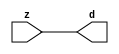

//------> ./rtl_mgc_ioport.v 
//------------------------------------------------------------------
//                M G C _ I O P O R T _ C O M P S
//------------------------------------------------------------------

//------------------------------------------------------------------
//                       M O D U L E S
//------------------------------------------------------------------

//------------------------------------------------------------------
//-- INPUT ENTITIES
//------------------------------------------------------------------

module mgc_in_wire (d, z);

  parameter integer rscid = 1;
  parameter integer width = 8;

  output [width-1:0] d;
  input  [width-1:0] z;

  wire   [width-1:0] d;

  assign d = z;

endmodule

//------------------------------------------------------------------

module mgc_in_wire_en (ld, d, lz, z);

  parameter integer rscid = 1;
  parameter integer width = 8;

  input              ld;
  output [width-1:0] d;
  output             lz;
  input  [width-1:0] z;

  wire   [width-1:0] d;
  wire               lz;

  assign d = z;
  assign lz = ld;

endmodule

//------------------------------------------------------------------

module mgc_in_wire_wait (ld, vd, d, lz, vz, z);

  parameter integer rscid = 1;
  parameter integer width = 8;

  input              ld;
  output             vd;
  output [width-1:0] d;
  output             lz;
  input              vz;
  input  [width-1:0] z;

  wire               vd;
  wire   [width-1:0] d;
  wire               lz;

  assign d = z;
  assign lz = ld;
  assign vd = vz;

endmodule
//------------------------------------------------------------------

module mgc_chan_in (ld, vd, d, lz, vz, z, size, req_size, sizez, sizelz);

  parameter integer rscid = 1;
  parameter integer width = 8;
  parameter integer sz_width = 8;

  input              ld;
  output             vd;
  output [width-1:0] d;
  output             lz;
  input              vz;
  input  [width-1:0] z;
  output [sz_width-1:0] size;
  input              req_size;
  input  [sz_width-1:0] sizez;
  output             sizelz;


  wire               vd;
  wire   [width-1:0] d;
  wire               lz;
  wire   [sz_width-1:0] size;
  wire               sizelz;

  assign d = z;
  assign lz = ld;
  assign vd = vz;
  assign size = sizez;
  assign sizelz = req_size;

endmodule


//------------------------------------------------------------------
//-- OUTPUT ENTITIES
//------------------------------------------------------------------

module mgc_out_stdreg (d, z);

  parameter integer rscid = 1;
  parameter integer width = 8;

  input    [width-1:0] d;
  output   [width-1:0] z;

  wire     [width-1:0] z;

  assign z = d;

endmodule

//------------------------------------------------------------------

module mgc_out_stdreg_en (ld, d, lz, z);

  parameter integer rscid = 1;
  parameter integer width = 8;

  input              ld;
  input  [width-1:0] d;
  output             lz;
  output [width-1:0] z;

  wire               lz;
  wire   [width-1:0] z;

  assign z = d;
  assign lz = ld;

endmodule

//------------------------------------------------------------------

module mgc_out_stdreg_wait (ld, vd, d, lz, vz, z);

  parameter integer rscid = 1;
  parameter integer width = 8;

  input              ld;
  output             vd;
  input  [width-1:0] d;
  output             lz;
  input              vz;
  output [width-1:0] z;

  wire               vd;
  wire               lz;
  wire   [width-1:0] z;

  assign z = d;
  assign lz = ld;
  assign vd = vz;

endmodule

//------------------------------------------------------------------

module mgc_out_prereg_en (ld, d, lz, z);

    parameter integer rscid = 1;
    parameter integer width = 8;

    input              ld;
    input  [width-1:0] d;
    output             lz;
    output [width-1:0] z;

    wire               lz;
    wire   [width-1:0] z;

    assign z = d;
    assign lz = ld;

endmodule

//------------------------------------------------------------------
//-- INOUT ENTITIES
//------------------------------------------------------------------

module mgc_inout_stdreg_en (ldin, din, ldout, dout, lzin, lzout, z);

    parameter integer rscid = 1;
    parameter integer width = 8;

    input              ldin;
    output [width-1:0] din;
    input              ldout;
    input  [width-1:0] dout;
    output             lzin;
    output             lzout;
    inout  [width-1:0] z;

    wire   [width-1:0] din;
    wire               lzin;
    wire               lzout;
    wire   [width-1:0] z;

    assign lzin = ldin;
    assign din = ldin ? z : {width{1'bz}};
    assign lzout = ldout;
    assign z = ldout ? dout : {width{1'bz}};

endmodule

//------------------------------------------------------------------
module hid_tribuf( I_SIG, ENABLE, O_SIG);
  parameter integer width = 8;

  input [width-1:0] I_SIG;
  input ENABLE;
  inout [width-1:0] O_SIG;

  assign O_SIG = (ENABLE) ? I_SIG : { width{1'bz}};

endmodule
//------------------------------------------------------------------

module mgc_inout_stdreg_wait (ldin, vdin, din, ldout, vdout, dout, lzin, vzin, lzout, vzout, z);

    parameter integer rscid = 1;
    parameter integer width = 8;

    input              ldin;
    output             vdin;
    output [width-1:0] din;
    input              ldout;
    output             vdout;
    input  [width-1:0] dout;
    output             lzin;
    input              vzin;
    output             lzout;
    input              vzout;
    inout  [width-1:0] z;

    wire               vdin;
    wire   [width-1:0] din;
    wire               vdout;
    wire               lzin;
    wire               lzout;
    wire   [width-1:0] z;
    wire   ldout_and_vzout;

    assign lzin = ldin;
    assign vdin = vzin;
    assign din = ldin ? z : {width{1'bz}};
    assign lzout = ldout;
    assign vdout = vzout ;
    assign ldout_and_vzout = ldout && vzout ;

    hid_tribuf #(width) tb( .I_SIG(dout),
                            .ENABLE(ldout_and_vzout),
                            .O_SIG(z) );

endmodule

//------------------------------------------------------------------

module mgc_inout_buf_wait (clk, en, arst, srst, ldin, vdin, din, ldout, vdout, dout, lzin, vzin, lzout, vzout, z);

    parameter integer rscid   = 0; // resource ID
    parameter integer width   = 8; // fifo width
    parameter         ph_clk  =  1'b1; // clock polarity 1=rising edge, 0=falling edge
    parameter         ph_en   =  1'b1; // clock enable polarity
    parameter         ph_arst =  1'b1; // async reset polarity
    parameter         ph_srst =  1'b1; // sync reset polarity

    input              clk;
    input              en;
    input              arst;
    input              srst;
    input              ldin;
    output             vdin;
    output [width-1:0] din;
    input              ldout;
    output             vdout;
    input  [width-1:0] dout;
    output             lzin;
    input              vzin;
    output             lzout;
    input              vzout;
    inout  [width-1:0] z;

    wire               lzout_buf;
    wire               vzout_buf;
    wire   [width-1:0] z_buf;
    wire               vdin;
    wire   [width-1:0] din;
    wire               vdout;
    wire               lzin;
    wire               lzout;
    wire   [width-1:0] z;

    assign lzin = ldin;
    assign vdin = vzin;
    assign din = ldin ? z : {width{1'bz}};
    assign lzout = lzout_buf & ~ldin;
    assign vzout_buf = vzout & ~ldin;
    hid_tribuf #(width) tb( .I_SIG(z_buf),
                            .ENABLE((lzout_buf && (!ldin) && vzout) ),
                            .O_SIG(z)  );

    mgc_out_buf_wait
    #(
        .rscid   (rscid),
        .width   (width),
        .ph_clk  (ph_clk),
        .ph_en   (ph_en),
        .ph_arst (ph_arst),
        .ph_srst (ph_srst)
    )
    BUFF
    (
        .clk     (clk),
        .en      (en),
        .arst    (arst),
        .srst    (srst),
        .ld      (ldout),
        .vd      (vdout),
        .d       (dout),
        .lz      (lzout_buf),
        .vz      (vzout_buf),
        .z       (z_buf)
    );


endmodule

module mgc_inout_fifo_wait (clk, en, arst, srst, ldin, vdin, din, ldout, vdout, dout, lzin, vzin, lzout, vzout, z);

    parameter integer rscid   = 0; // resource ID
    parameter integer width   = 8; // fifo width
    parameter integer fifo_sz = 8; // fifo depth
    parameter         ph_clk  = 1'b1;  // clock polarity 1=rising edge, 0=falling edge
    parameter         ph_en   = 1'b1;  // clock enable polarity
    parameter         ph_arst = 1'b1;  // async reset polarity
    parameter         ph_srst = 1'b1;  // sync reset polarity
    parameter integer ph_log2 = 3;     // log2(fifo_sz)
    parameter integer pwropt  = 0;     // pwropt

    input              clk;
    input              en;
    input              arst;
    input              srst;
    input              ldin;
    output             vdin;
    output [width-1:0] din;
    input              ldout;
    output             vdout;
    input  [width-1:0] dout;
    output             lzin;
    input              vzin;
    output             lzout;
    input              vzout;
    inout  [width-1:0] z;

    wire               lzout_buf;
    wire               vzout_buf;
    wire   [width-1:0] z_buf;
    wire               comb;
    wire               vdin;
    wire   [width-1:0] din;
    wire               vdout;
    wire               lzin;
    wire               lzout;
    wire   [width-1:0] z;

    assign lzin = ldin;
    assign vdin = vzin;
    assign din = ldin ? z : {width{1'bz}};
    assign lzout = lzout_buf & ~ldin;
    assign vzout_buf = vzout & ~ldin;
    assign comb = (lzout_buf && (!ldin) && vzout);

    hid_tribuf #(width) tb2( .I_SIG(z_buf), .ENABLE(comb), .O_SIG(z)  );

    mgc_out_fifo_wait
    #(
        .rscid   (rscid),
        .width   (width),
        .fifo_sz (fifo_sz),
        .ph_clk  (ph_clk),
        .ph_en   (ph_en),
        .ph_arst (ph_arst),
        .ph_srst (ph_srst),
        .ph_log2 (ph_log2),
        .pwropt  (pwropt)
    )
    FIFO
    (
        .clk   (clk),
        .en      (en),
        .arst    (arst),
        .srst    (srst),
        .ld      (ldout),
        .vd      (vdout),
        .d       (dout),
        .lz      (lzout_buf),
        .vz      (vzout_buf),
        .z       (z_buf)
    );

endmodule

//------------------------------------------------------------------
//-- I/O SYNCHRONIZATION ENTITIES
//------------------------------------------------------------------

module mgc_io_sync (ld, lz);

    input  ld;
    output lz;

    assign lz = ld;

endmodule

module mgc_bsync_rdy (rd, rz);

    parameter integer rscid   = 0; // resource ID
    parameter ready = 1;
    parameter valid = 0;

    input  rd;
    output rz;

    wire   rz;

    assign rz = rd;

endmodule

module mgc_bsync_vld (vd, vz);

    parameter integer rscid   = 0; // resource ID
    parameter ready = 0;
    parameter valid = 1;

    output vd;
    input  vz;

    wire   vd;

    assign vd = vz;

endmodule

module mgc_bsync_rv (rd, vd, rz, vz);

    parameter integer rscid   = 0; // resource ID
    parameter ready = 1;
    parameter valid = 1;

    input  rd;
    output vd;
    output rz;
    input  vz;

    wire   vd;
    wire   rz;

    assign rz = rd;
    assign vd = vz;

endmodule

//------------------------------------------------------------------

module mgc_sync (ldin, vdin, ldout, vdout);

  input  ldin;
  output vdin;
  input  ldout;
  output vdout;

  wire   vdin;
  wire   vdout;

  assign vdin = ldout;
  assign vdout = ldin;

endmodule

///////////////////////////////////////////////////////////////////////////////
// dummy function used to preserve funccalls for modulario
// it looks like a memory read to the caller
///////////////////////////////////////////////////////////////////////////////
module funccall_inout (d, ad, bd, z, az, bz);

  parameter integer ram_id = 1;
  parameter integer width = 8;
  parameter integer addr_width = 8;

  output [width-1:0]       d;
  input  [addr_width-1:0]  ad;
  input                    bd;
  input  [width-1:0]       z;
  output [addr_width-1:0]  az;
  output                   bz;

  wire   [width-1:0]       d;
  wire   [addr_width-1:0]  az;
  wire                     bz;

  assign d  = z;
  assign az = ad;
  assign bz = bd;

endmodule


///////////////////////////////////////////////////////////////////////////////
// inlinable modular io not otherwise found in mgc_ioport
///////////////////////////////////////////////////////////////////////////////

module modulario_en_in (vd, d, vz, z);

  parameter integer rscid = 1;
  parameter integer width = 8;

  output             vd;
  output [width-1:0] d;
  input              vz;
  input  [width-1:0] z;

  wire   [width-1:0] d;
  wire               vd;

  assign d = z;
  assign vd = vz;

endmodule

//------> ./rtl_mgc_ioport_v2001.v 
//------------------------------------------------------------------

module mgc_out_reg_pos (clk, en, arst, srst, ld, d, lz, z);

    parameter integer rscid   = 1;
    parameter integer width   = 8;
    parameter         ph_en   =  1'b1;
    parameter         ph_arst =  1'b1;
    parameter         ph_srst =  1'b1;

    input              clk;
    input              en;
    input              arst;
    input              srst;
    input              ld;
    input  [width-1:0] d;
    output             lz;
    output [width-1:0] z;

    reg                lz;
    reg    [width-1:0] z;

    generate
    if (ph_arst == 1'b0)
    begin: NEG_ARST
        always @(posedge clk or negedge arst)
        if (arst == 1'b0)
        begin: B1
            lz <= 1'b0;
            z  <= {width{1'b0}};
        end
        else if (srst == ph_srst)
        begin: B2
            lz <= 1'b0;
            z  <= {width{1'b0}};
        end
        else if (en == ph_en)
        begin: B3
            lz <= ld;
            z  <= (ld) ? d : z;
        end
    end
    else
    begin: POS_ARST
        always @(posedge clk or posedge arst)
        if (arst == 1'b1)
        begin: B1
            lz <= 1'b0;
            z  <= {width{1'b0}};
        end
        else if (srst == ph_srst)
        begin: B2
            lz <= 1'b0;
            z  <= {width{1'b0}};
        end
        else if (en == ph_en)
        begin: B3
            lz <= ld;
            z  <= (ld) ? d : z;
        end
    end
    endgenerate

endmodule

//------------------------------------------------------------------

module mgc_out_reg_neg (clk, en, arst, srst, ld, d, lz, z);

    parameter integer rscid   = 1;
    parameter integer width   = 8;
    parameter         ph_en   =  1'b1;
    parameter         ph_arst =  1'b1;
    parameter         ph_srst =  1'b1;

    input              clk;
    input              en;
    input              arst;
    input              srst;
    input              ld;
    input  [width-1:0] d;
    output             lz;
    output [width-1:0] z;

    reg                lz;
    reg    [width-1:0] z;

    generate
    if (ph_arst == 1'b0)
    begin: NEG_ARST
        always @(negedge clk or negedge arst)
        if (arst == 1'b0)
        begin: B1
            lz <= 1'b0;
            z  <= {width{1'b0}};
        end
        else if (srst == ph_srst)
        begin: B2
            lz <= 1'b0;
            z  <= {width{1'b0}};
        end
        else if (en == ph_en)
        begin: B3
            lz <= ld;
            z  <= (ld) ? d : z;
        end
    end
    else
    begin: POS_ARST
        always @(negedge clk or posedge arst)
        if (arst == 1'b1)
        begin: B1
            lz <= 1'b0;
            z  <= {width{1'b0}};
        end
        else if (srst == ph_srst)
        begin: B2
            lz <= 1'b0;
            z  <= {width{1'b0}};
        end
        else if (en == ph_en)
        begin: B3
            lz <= ld;
            z  <= (ld) ? d : z;
        end
    end
    endgenerate

endmodule

//------------------------------------------------------------------

module mgc_out_reg (clk, en, arst, srst, ld, d, lz, z); // Not Supported

    parameter integer rscid   = 1;
    parameter integer width   = 8;
    parameter         ph_clk  =  1'b1;
    parameter         ph_en   =  1'b1;
    parameter         ph_arst =  1'b1;
    parameter         ph_srst =  1'b1;

    input              clk;
    input              en;
    input              arst;
    input              srst;
    input              ld;
    input  [width-1:0] d;
    output             lz;
    output [width-1:0] z;


    generate
    if (ph_clk == 1'b0)
    begin: NEG_EDGE

        mgc_out_reg_neg
        #(
            .rscid   (rscid),
            .width   (width),
            .ph_en   (ph_en),
            .ph_arst (ph_arst),
            .ph_srst (ph_srst)
        )
        mgc_out_reg_neg_inst
        (
            .clk     (clk),
            .en      (en),
            .arst    (arst),
            .srst    (srst),
            .ld      (ld),
            .d       (d),
            .lz      (lz),
            .z       (z)
        );

    end
    else
    begin: POS_EDGE

        mgc_out_reg_pos
        #(
            .rscid   (rscid),
            .width   (width),
            .ph_en   (ph_en),
            .ph_arst (ph_arst),
            .ph_srst (ph_srst)
        )
        mgc_out_reg_pos_inst
        (
            .clk     (clk),
            .en      (en),
            .arst    (arst),
            .srst    (srst),
            .ld      (ld),
            .d       (d),
            .lz      (lz),
            .z       (z)
        );

    end
    endgenerate

endmodule




//------------------------------------------------------------------

module mgc_out_buf_wait (clk, en, arst, srst, ld, vd, d, vz, lz, z); // Not supported

    parameter integer rscid   = 1;
    parameter integer width   = 8;
    parameter         ph_clk  =  1'b1;
    parameter         ph_en   =  1'b1;
    parameter         ph_arst =  1'b1;
    parameter         ph_srst =  1'b1;

    input              clk;
    input              en;
    input              arst;
    input              srst;
    input              ld;
    output             vd;
    input  [width-1:0] d;
    output             lz;
    input              vz;
    output [width-1:0] z;

    wire               filled;
    wire               filled_next;
    wire   [width-1:0] abuf;
    wire               lbuf;


    assign filled_next = (filled & (~vz)) | (filled & ld) | (ld & (~vz));

    assign lbuf = ld & ~(filled ^ vz);

    assign vd = vz | ~filled;

    assign lz = ld | filled;

    assign z = (filled) ? abuf : d;

    wire dummy;
    wire dummy_bufreg_lz;

    // Output registers:
    mgc_out_reg
    #(
        .rscid   (rscid),
        .width   (1'b1),
        .ph_clk  (ph_clk),
        .ph_en   (ph_en),
        .ph_arst (ph_arst),
        .ph_srst (ph_srst)
    )
    STATREG
    (
        .clk     (clk),
        .en      (en),
        .arst    (arst),
        .srst    (srst),
        .ld      (filled_next),
        .d       (1'b0),       // input d is unused
        .lz      (filled),
        .z       (dummy)            // output z is unused
    );

    mgc_out_reg
    #(
        .rscid   (rscid),
        .width   (width),
        .ph_clk  (ph_clk),
        .ph_en   (ph_en),
        .ph_arst (ph_arst),
        .ph_srst (ph_srst)
    )
    BUFREG
    (
        .clk     (clk),
        .en      (en),
        .arst    (arst),
        .srst    (srst),
        .ld      (lbuf),
        .d       (d),
        .lz      (dummy_bufreg_lz),
        .z       (abuf)
    );

endmodule

//------------------------------------------------------------------

module mgc_out_fifo_wait (clk, en, arst, srst, ld, vd, d, lz, vz,  z);

    parameter integer rscid   = 0; // resource ID
    parameter integer width   = 8; // fifo width
    parameter integer fifo_sz = 8; // fifo depth
    parameter         ph_clk  = 1'b1; // clock polarity 1=rising edge, 0=falling edge
    parameter         ph_en   = 1'b1; // clock enable polarity
    parameter         ph_arst = 1'b1; // async reset polarity
    parameter         ph_srst = 1'b1; // sync reset polarity
    parameter integer ph_log2 = 3; // log2(fifo_sz)
    parameter integer pwropt  = 0; // pwropt


    input                 clk;
    input                 en;
    input                 arst;
    input                 srst;
    input                 ld;    // load data
    output                vd;    // fifo full active low
    input     [width-1:0] d;
    output                lz;    // fifo ready to send
    input                 vz;    // dest ready for data
    output    [width-1:0] z;

    wire    [31:0]      size;


      // Output registers:
 mgc_out_fifo_wait_core#(
        .rscid   (rscid),
        .width   (width),
        .sz_width (32),
        .fifo_sz (fifo_sz),
        .ph_clk  (ph_clk),
        .ph_en   (ph_en),
        .ph_arst (ph_arst),
        .ph_srst (ph_srst),
        .ph_log2 (ph_log2),
        .pwropt  (pwropt)
        ) CORE (
        .clk (clk),
        .en (en),
        .arst (arst),
        .srst (srst),
        .ld (ld),
        .vd (vd),
        .d (d),
        .lz (lz),
        .vz (vz),
        .z (z),
        .size (size)
        );

endmodule



module mgc_out_fifo_wait_core (clk, en, arst, srst, ld, vd, d, lz, vz,  z, size);

    parameter integer rscid   = 0; // resource ID
    parameter integer width   = 8; // fifo width
    parameter integer sz_width = 8; // size of port for elements in fifo
    parameter integer fifo_sz = 8; // fifo depth
    parameter         ph_clk  =  1'b1; // clock polarity 1=rising edge, 0=falling edge
    parameter         ph_en   =  1'b1; // clock enable polarity
    parameter         ph_arst =  1'b1; // async reset polarity
    parameter         ph_srst =  1'b1; // sync reset polarity
    parameter integer ph_log2 = 3; // log2(fifo_sz)
    parameter integer pwropt  = 0; // pwropt

   localparam integer  fifo_b = width * fifo_sz;

    input                 clk;
    input                 en;
    input                 arst;
    input                 srst;
    input                 ld;    // load data
    output                vd;    // fifo full active low
    input     [width-1:0] d;
    output                lz;    // fifo ready to send
    input                 vz;    // dest ready for data
    output    [width-1:0] z;
    output    [sz_width-1:0]      size;

    reg      [( (fifo_sz > 0) ? fifo_sz : 1)-1:0] stat_pre;
    wire     [( (fifo_sz > 0) ? fifo_sz : 1)-1:0] stat;
    reg      [( (fifo_b > 0) ? fifo_b : 1)-1:0] buff_pre;
    wire     [( (fifo_b > 0) ? fifo_b : 1)-1:0] buff;
    reg      [( (fifo_sz > 0) ? fifo_sz : 1)-1:0] en_l;
    reg      [(((fifo_sz > 0) ? fifo_sz : 1)-1)/8:0] en_l_s;

    reg       [width-1:0] buff_nxt;

    reg                   stat_nxt;
    reg                   stat_before;
    reg                   stat_after;
    reg                   en_l_var;

    integer               i;
    genvar                eni;

    wire [32:0]           size_t;
    reg [31:0]            count;
    reg [31:0]            count_t;
    reg [32:0]            n_elem;
// pragma translate_off
    reg [31:0]            peak;
// pragma translate_on

    wire [( (fifo_sz > 0) ? fifo_sz : 1)-1:0] dummy_statreg_lz;
    wire [( (fifo_b > 0) ? fifo_b : 1)-1:0] dummy_bufreg_lz;

    generate
    if ( fifo_sz > 0 )
    begin: FIFO_REG
      assign vd = vz | ~stat[0];
      assign lz = ld | stat[fifo_sz-1];
      assign size_t = (count - (vz && stat[fifo_sz-1])) + ld;
      assign size = size_t[sz_width-1:0];
      assign z = (stat[fifo_sz-1]) ? buff[fifo_b-1:width*(fifo_sz-1)] : d;

      always @(*)
      begin: FIFOPROC
        n_elem = 33'b0;
        for (i = fifo_sz-1; i >= 0; i = i - 1)
        begin
          if (i != 0)
            stat_before = stat[i-1];
          else
            stat_before = 1'b0;

          if (i != (fifo_sz-1))
            stat_after = stat[i+1];
          else
            stat_after = 1'b1;

          stat_nxt = stat_after &
                    (stat_before | (stat[i] & (~vz)) | (stat[i] & ld) | (ld & (~vz)));

          stat_pre[i] = stat_nxt;
          en_l_var = 1'b1;
          if (!stat_nxt)
            begin
              buff_nxt = {width{1'b0}};
              en_l_var = 1'b0;
            end
          else if (vz && stat_before)
            buff_nxt[0+:width] = buff[width*(i-1)+:width];
          else if (ld && !((vz && stat_before) || ((!vz) && stat[i])))
            buff_nxt = d;
          else
            begin
              if (pwropt == 0)
                buff_nxt[0+:width] = buff[width*i+:width];
              else
                buff_nxt = {width{1'b0}};
              en_l_var = 1'b0;
            end

          if (ph_en != 0)
            en_l[i] = en & en_l_var;
          else
            en_l[i] = en | ~en_l_var;

          buff_pre[width*i+:width] = buff_nxt[0+:width];

          if ((stat_after == 1'b1) && (stat[i] == 1'b0))
            n_elem = ($unsigned(fifo_sz) - 1) - i;
        end

        if (ph_en != 0)
          en_l_s[(((fifo_sz > 0) ? fifo_sz : 1)-1)/8] = 1'b1;
        else
          en_l_s[(((fifo_sz > 0) ? fifo_sz : 1)-1)/8] = 1'b0;

        for (i = fifo_sz-1; i >= 7; i = i - 1)
        begin
          if ((i%'d2) == 0)
          begin
            if (ph_en != 0)
              en_l_s[(i/8)-1] = en & (stat[i]|stat_pre[i-1]);
            else
              en_l_s[(i/8)-1] = en | ~(stat[i]|stat_pre[i-1]);
          end
        end

        if ( stat[fifo_sz-1] == 1'b0 )
          count_t = 32'b0;
        else if ( stat[0] == 1'b1 )
          count_t = { {(32-ph_log2){1'b0}}, fifo_sz};
        else
          count_t = n_elem[31:0];
        count = count_t;
// pragma translate_off
        if ( peak < count )
          peak = count;
// pragma translate_on
      end

      if (pwropt == 0)
      begin: NOCGFIFO
        // Output registers:
        mgc_out_reg
        #(
            .rscid   (rscid),
            .width   (fifo_sz),
            .ph_clk  (ph_clk),
            .ph_en   (ph_en),
            .ph_arst (ph_arst),
            .ph_srst (ph_srst)
        )
        STATREG
        (
            .clk     (clk),
            .en      (en),
            .arst    (arst),
            .srst    (srst),
            .ld      (1'b1),
            .d       (stat_pre),
            .lz      (dummy_statreg_lz[0]),
            .z       (stat)
        );
        mgc_out_reg
        #(
            .rscid   (rscid),
            .width   (fifo_b),
            .ph_clk  (ph_clk),
            .ph_en   (ph_en),
            .ph_arst (ph_arst),
            .ph_srst (ph_srst)
        )
        BUFREG
        (
            .clk     (clk),
            .en      (en),
            .arst    (arst),
            .srst    (srst),
            .ld      (1'b1),
            .d       (buff_pre),
            .lz      (dummy_bufreg_lz[0]),
            .z       (buff)
        );
      end
      else
      begin: CGFIFO
        // Output registers:
        if ( pwropt > 1)
        begin: CGSTATFIFO2
          for (eni = fifo_sz-1; eni >= 0; eni = eni - 1)
          begin: pwroptGEN1
            mgc_out_reg
            #(
              .rscid   (rscid),
              .width   (1),
              .ph_clk  (ph_clk),
              .ph_en   (ph_en),
              .ph_arst (ph_arst),
              .ph_srst (ph_srst)
            )
            STATREG
            (
              .clk     (clk),
              .en      (en_l_s[eni/8]),
              .arst    (arst),
              .srst    (srst),
              .ld      (1'b1),
              .d       (stat_pre[eni]),
              .lz      (dummy_statreg_lz[eni]),
              .z       (stat[eni])
            );
          end
        end
        else
        begin: CGSTATFIFO
          mgc_out_reg
          #(
            .rscid   (rscid),
            .width   (fifo_sz),
            .ph_clk  (ph_clk),
            .ph_en   (ph_en),
            .ph_arst (ph_arst),
            .ph_srst (ph_srst)
          )
          STATREG
          (
            .clk     (clk),
            .en      (en),
            .arst    (arst),
            .srst    (srst),
            .ld      (1'b1),
            .d       (stat_pre),
            .lz      (dummy_statreg_lz[0]),
            .z       (stat)
          );
        end
        for (eni = fifo_sz-1; eni >= 0; eni = eni - 1)
        begin: pwroptGEN2
          mgc_out_reg
          #(
            .rscid   (rscid),
            .width   (width),
            .ph_clk  (ph_clk),
            .ph_en   (ph_en),
            .ph_arst (ph_arst),
            .ph_srst (ph_srst)
          )
          BUFREG
          (
            .clk     (clk),
            .en      (en_l[eni]),
            .arst    (arst),
            .srst    (srst),
            .ld      (1'b1),
            .d       (buff_pre[width*eni+:width]),
            .lz      (dummy_bufreg_lz[eni]),
            .z       (buff[width*eni+:width])
          );
        end
      end
    end
    else
    begin: FEED_THRU
      assign vd = vz;
      assign lz = ld;
      assign z = d;
      assign size = ld && !vz;
    end
    endgenerate

endmodule

//------------------------------------------------------------------
//-- PIPE ENTITIES
//------------------------------------------------------------------
/*
 *
 *             _______________________________________________
 * WRITER    |                                               |          READER
 *           |           MGC_PIPE                            |
 *           |           __________________________          |
 *        --<| vdout  --<| vd ---------------  vz<|-----ldin<|---
 *           |           |      FIFO              |          |
 *        ---|>ldout  ---|>ld ---------------- lz |> ---vdin |>--
 *        ---|>dout -----|>d  ---------------- dz |> ----din |>--
 *           |           |________________________|          |
 *           |_______________________________________________|
 */
// two clock pipe
module mgc_pipe (clk, en, arst, srst, ldin, vdin, din, ldout, vdout, dout, size, req_size);

    parameter integer rscid   = 0; // resource ID
    parameter integer width   = 8; // fifo width
    parameter integer sz_width = 8; // width of size of elements in fifo
    parameter integer fifo_sz = 8; // fifo depth
    parameter integer log2_sz = 3; // log2(fifo_sz)
    parameter         ph_clk  = 1'b1;  // clock polarity 1=rising edge, 0=falling edge
    parameter         ph_en   = 1'b1;  // clock enable polarity
    parameter         ph_arst = 1'b1;  // async reset polarity
    parameter         ph_srst = 1'b1;  // sync reset polarity
    parameter integer pwropt  = 0; // pwropt

    input              clk;
    input              en;
    input              arst;
    input              srst;
    input              ldin;
    output             vdin;
    output [width-1:0] din;
    input              ldout;
    output             vdout;
    input  [width-1:0] dout;
    output [sz_width-1:0]      size;
    input              req_size;


    mgc_out_fifo_wait_core
    #(
        .rscid    (rscid),
        .width    (width),
        .sz_width (sz_width),
        .fifo_sz  (fifo_sz),
        .ph_clk   (ph_clk),
        .ph_en    (ph_en),
        .ph_arst  (ph_arst),
        .ph_srst  (ph_srst),
        .ph_log2  (log2_sz),
        .pwropt   (pwropt)
    )
    FIFO
    (
        .clk     (clk),
        .en      (en),
        .arst    (arst),
        .srst    (srst),
        .ld      (ldout),
        .vd      (vdout),
        .d       (dout),
        .lz      (vdin),
        .vz      (ldin),
        .z       (din),
        .size    (size)
    );

endmodule


//------> ./rtl.v 
// ----------------------------------------------------------------------
//  HLS HDL:        Verilog Netlister
//  HLS Version:    2011a.126 Production Release
//  HLS Date:       Wed Aug  8 00:52:07 PDT 2012
// 
//  Generated by:   kjr115@EEWS104A-013
//  Generated date: Fri Apr 29 16:39:18 2016
// ----------------------------------------------------------------------

// 
// ------------------------------------------------------------------
//  Design Unit:    Render_core_fsm
//  FSM Module
// ------------------------------------------------------------------


module Render_core_fsm (
  clk, rst, fsm_output, st_for_1_tr0
);
  input clk;
  input rst;
  output [2:0] fsm_output;
  reg [2:0] fsm_output;
  input st_for_1_tr0;


  // FSM State Type Declaration for Render_core_fsm_1
  parameter
    st_main = 2'd0,
    st_for = 2'd1,
    st_for_1 = 2'd2,
    state_x = 2'b00;

  reg [1:0] state_var;
  reg [1:0] state_var_NS;


  // Interconnect Declarations for Component Instantiations 
  always @(*)
  begin : Render_core_fsm_1
    case (state_var)
      st_main : begin
        fsm_output = 3'b1;
        state_var_NS = st_for;
      end
      st_for : begin
        fsm_output = 3'b10;
        state_var_NS = st_for_1;
      end
      st_for_1 : begin
        fsm_output = 3'b100;
        if ( st_for_1_tr0 ) begin
          state_var_NS = st_main;
        end
        else begin
          state_var_NS = st_for;
        end
      end
      default : begin
        fsm_output = 3'b000;
        state_var_NS = st_main;
      end
    endcase
  end

  always @(posedge clk) begin
    if ( rst ) begin
      state_var <= st_main;
    end
    else begin
      state_var <= state_var_NS;
    end
  end

endmodule

// ------------------------------------------------------------------
//  Design Unit:    Render_core
// ------------------------------------------------------------------


module Render_core (
  clk, rst, v_out_rsc_mgc_out_stdreg_d
);
  input clk;
  input rst;
  output [11:0] v_out_rsc_mgc_out_stdreg_d;
  reg [11:0] v_out_rsc_mgc_out_stdreg_d;


  // Interconnect Declarations
  wire [2:0] fsm_output;
  reg [3:0] red_sva;
  reg [18:0] for_i_1_sva;
  reg [3:0] red_sva_dfm;
  reg [18:0] for_i_1_sva_1;
  reg for_slc_itm;
  wire [2:0] for_if_acc_7_psp_sva;
  wire [3:0] nl_for_if_acc_7_psp_sva;
  wire [13:0] for_if_acc_4_svs;
  wire [14:0] nl_for_if_acc_4_svs;
  wire [18:0] for_i_1_sva_2;
  wire [19:0] nl_for_i_1_sva_2;
  wire [3:0] red_sva_dfm_mx0;
  wire [2:0] for_if_acc_3_psp_sva;
  wire [3:0] nl_for_if_acc_3_psp_sva;
  wire [4:0] for_if_acc_5_psp_1_sva;
  wire [6:0] nl_for_if_acc_5_psp_1_sva;


  // Interconnect Declarations for Component Instantiations 
  wire [0:0] nl_Render_core_fsm_inst_st_for_1_tr0;
  assign nl_Render_core_fsm_inst_st_for_1_tr0 = ~ for_slc_itm;
  Render_core_fsm Render_core_fsm_inst (
      .clk(clk),
      .rst(rst),
      .fsm_output(fsm_output),
      .st_for_1_tr0(nl_Render_core_fsm_inst_st_for_1_tr0)
    );
  assign nl_for_i_1_sva_2 = for_i_1_sva + 19'b1;
  assign for_i_1_sva_2 = nl_for_i_1_sva_2[18:0];
  assign red_sva_dfm_mx0 = MUX_v_4_2_2({red_sva , (red_sva + 4'b11)}, ~((for_if_acc_4_svs[13])
      | (for_if_acc_4_svs[12]) | (for_if_acc_4_svs[11]) | (for_if_acc_4_svs[10])
      | (for_if_acc_4_svs[9]) | (for_if_acc_4_svs[8]) | (for_if_acc_4_svs[7]) | (for_if_acc_4_svs[6])
      | (for_if_acc_4_svs[5]) | (for_if_acc_4_svs[4]) | (for_if_acc_4_svs[3]) | (for_if_acc_4_svs[2])
      | (for_if_acc_4_svs[1]) | (for_if_acc_4_svs[0])));
  assign nl_for_if_acc_4_svs = conv_s2u_11_14({1'b1 , (~ for_if_acc_7_psp_sva) ,
      (~ (for_i_1_sva[6:0]))}) + ({for_if_acc_7_psp_sva , (for_i_1_sva[6:0]) , 4'b1});
  assign for_if_acc_4_svs = nl_for_if_acc_4_svs[13:0];
  assign nl_for_if_acc_7_psp_sva = conv_u2u_1_3(for_if_acc_3_psp_sva[2]) + conv_u2u_2_3(for_if_acc_3_psp_sva[1:0]);
  assign for_if_acc_7_psp_sva = nl_for_if_acc_7_psp_sva[2:0];
  assign nl_for_if_acc_3_psp_sva = (readslicef_4_3_1((conv_u2u_3_4({(~ (for_if_acc_5_psp_1_sva[3:2]))
      , 1'b1}) + conv_s2u_2_4({(for_if_acc_5_psp_1_sva[4]) , 1'b1})))) + ({1'b1 ,
      (for_if_acc_5_psp_1_sva[1:0])});
  assign for_if_acc_3_psp_sva = nl_for_if_acc_3_psp_sva[2:0];
  assign nl_for_if_acc_5_psp_1_sva = (conv_u2u_4_5(conv_u2u_3_4(conv_u2u_2_3(for_i_1_sva[12:11])
      + conv_u2u_2_3(~ (for_i_1_sva[14:13]))) + conv_u2u_3_4(conv_u2u_2_3(for_i_1_sva[16:15])
      + conv_u2u_2_3(~ (for_i_1_sva[18:17])))) + conv_u2u_3_5(conv_u2u_2_3(for_i_1_sva[8:7])
      + conv_u2u_2_3(~ (for_i_1_sva[10:9])))) + 5'b10111;
  assign for_if_acc_5_psp_1_sva = nl_for_if_acc_5_psp_1_sva[4:0];
  always @(posedge clk) begin
    if ( rst ) begin
      red_sva <= 4'b0;
      for_i_1_sva <= 19'b0;
      v_out_rsc_mgc_out_stdreg_d <= 12'b0;
      for_slc_itm <= 1'b0;
      for_i_1_sva_1 <= 19'b0;
      red_sva_dfm <= 4'b0;
    end
    else begin
      red_sva <= red_sva_dfm & (signext_4_1(fsm_output[2]));
      for_i_1_sva <= for_i_1_sva_1 & (signext_19_1(fsm_output[2]));
      v_out_rsc_mgc_out_stdreg_d <= MUX_v_12_2_2({v_out_rsc_mgc_out_stdreg_d , ({8'b0
          , red_sva_dfm_mx0})}, fsm_output[1]);
      for_slc_itm <= readslicef_8_1_7((conv_u2s_7_8(for_i_1_sva_2[18:12]) + 8'b10110101));
      for_i_1_sva_1 <= for_i_1_sva_2;
      red_sva_dfm <= red_sva_dfm_mx0;
    end
  end

  function [3:0] MUX_v_4_2_2;
    input [7:0] inputs;
    input [0:0] sel;
    reg [3:0] result;
  begin
    case (sel)
      1'b0 : begin
        result = inputs[7:4];
      end
      1'b1 : begin
        result = inputs[3:0];
      end
      default : begin
        result = inputs[7:4];
      end
    endcase
    MUX_v_4_2_2 = result;
  end
  endfunction


  function [2:0] readslicef_4_3_1;
    input [3:0] vector;
    reg [3:0] tmp;
  begin
    tmp = vector >> 1;
    readslicef_4_3_1 = tmp[2:0];
  end
  endfunction


  function [3:0] signext_4_1;
    input [0:0] vector;
  begin
    signext_4_1= {{3{vector[0]}}, vector};
  end
  endfunction


  function [18:0] signext_19_1;
    input [0:0] vector;
  begin
    signext_19_1= {{18{vector[0]}}, vector};
  end
  endfunction


  function [11:0] MUX_v_12_2_2;
    input [23:0] inputs;
    input [0:0] sel;
    reg [11:0] result;
  begin
    case (sel)
      1'b0 : begin
        result = inputs[23:12];
      end
      1'b1 : begin
        result = inputs[11:0];
      end
      default : begin
        result = inputs[23:12];
      end
    endcase
    MUX_v_12_2_2 = result;
  end
  endfunction


  function [0:0] readslicef_8_1_7;
    input [7:0] vector;
    reg [7:0] tmp;
  begin
    tmp = vector >> 7;
    readslicef_8_1_7 = tmp[0:0];
  end
  endfunction


  function  [13:0] conv_s2u_11_14 ;
    input signed [10:0]  vector ;
  begin
    conv_s2u_11_14 = {{3{vector[10]}}, vector};
  end
  endfunction


  function  [2:0] conv_u2u_1_3 ;
    input [0:0]  vector ;
  begin
    conv_u2u_1_3 = {{2{1'b0}}, vector};
  end
  endfunction


  function  [2:0] conv_u2u_2_3 ;
    input [1:0]  vector ;
  begin
    conv_u2u_2_3 = {1'b0, vector};
  end
  endfunction


  function  [3:0] conv_u2u_3_4 ;
    input [2:0]  vector ;
  begin
    conv_u2u_3_4 = {1'b0, vector};
  end
  endfunction


  function  [3:0] conv_s2u_2_4 ;
    input signed [1:0]  vector ;
  begin
    conv_s2u_2_4 = {{2{vector[1]}}, vector};
  end
  endfunction


  function  [4:0] conv_u2u_4_5 ;
    input [3:0]  vector ;
  begin
    conv_u2u_4_5 = {1'b0, vector};
  end
  endfunction


  function  [4:0] conv_u2u_3_5 ;
    input [2:0]  vector ;
  begin
    conv_u2u_3_5 = {{2{1'b0}}, vector};
  end
  endfunction


  function signed [7:0] conv_u2s_7_8 ;
    input [6:0]  vector ;
  begin
    conv_u2s_7_8 = {1'b0, vector};
  end
  endfunction

endmodule

// ------------------------------------------------------------------
//  Design Unit:    Render
//  Generated from file(s):
//    2) $PROJECT_HOME/src/Render.cpp
// ------------------------------------------------------------------


module Render (
  v_out_rsc_z, clk, rst
);
  output [11:0] v_out_rsc_z;
  input clk;
  input rst;


  // Interconnect Declarations
  wire [11:0] v_out_rsc_mgc_out_stdreg_d;


  // Interconnect Declarations for Component Instantiations 
  mgc_out_stdreg #(.rscid(1),
  .width(12)) v_out_rsc_mgc_out_stdreg (
      .d(v_out_rsc_mgc_out_stdreg_d),
      .z(v_out_rsc_z)
    );
  Render_core Render_core_inst (
      .clk(clk),
      .rst(rst),
      .v_out_rsc_mgc_out_stdreg_d(v_out_rsc_mgc_out_stdreg_d)
    );
endmodule